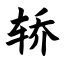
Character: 轿